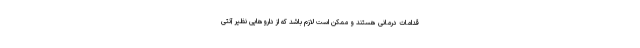
قدامات درمانی هستند و ممکن است لازم باشد که از دارو‌هایی نظیر آنتی